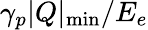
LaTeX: \gamma_{p}\vert Q\vert_{\mathrm{min}}/E_{e}